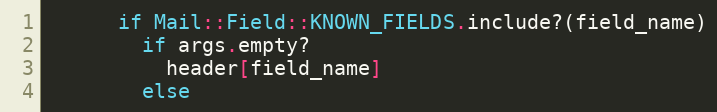
Language: Ruby
      if Mail::Field::KNOWN_FIELDS.include?(field_name)
        if args.empty?
          header[field_name]
        else